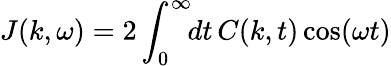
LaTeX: J(k,\omega)=2\int_{0}^{\infty}\! \! dt\, C(k,t)\cos(\omega t)